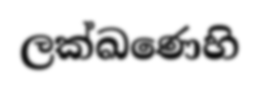
ලක්ඛණෙහි